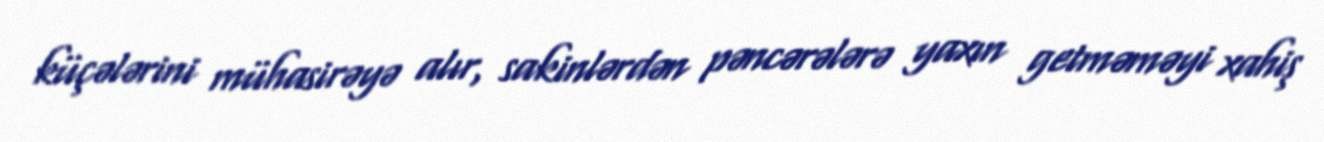
küçələrini mühasirəyə alır, sakinlərdən pəncərələrə yaxın getməməyi xahiş